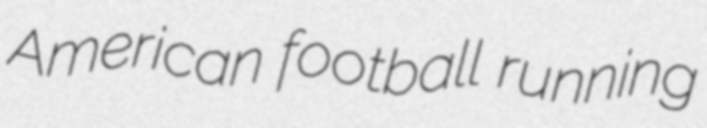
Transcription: American football running